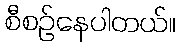
စီစဉ်နေပါတယ်။